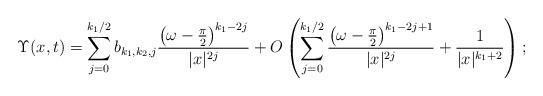
LaTeX: \begin{align*}\Upsilon(x,t) = \sum_{j=0}^{k_1/2} b_{k_1,k_2,j} \frac{\left(\omega -\frac{\pi}{2}\right)^{k_1-2j}}{|x|^{2j}} + O\left( \sum_{j=0}^{k_1/2}\frac{\left(\omega -\frac{\pi}{2}\right)^{k_1-2j+1}}{|x|^{2j}} + \frac{1}{|x|^{k_1+2}}\right);\end{align*}